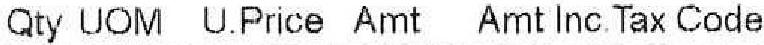
QTY UOM U.PRICE AMT AMT INC. TAX CODE